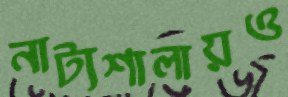
নাট্যশালায়ও